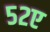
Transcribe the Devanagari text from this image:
५२ए